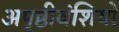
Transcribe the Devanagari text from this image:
अपृष्ठीवंशियों